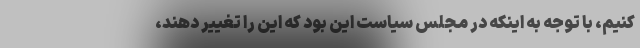
کنیم، با توجه به اینکه در مجلس سیاست این بود که این را تغییر دهند،